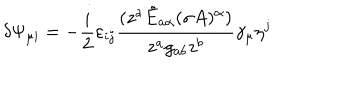
\delta \Psi _ { \mu i } = - \frac { i } { 2 } \varepsilon _ { i j } \frac { ( z ^ { a } \tilde { E } _ { a \alpha } ( \sigma A ) ^ { \alpha } ) } { z ^ { a } g _ { a b } z ^ { b } } \gamma _ { \mu } \eta ^ { j } \nonumber